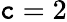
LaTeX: \mathtt{c}=2